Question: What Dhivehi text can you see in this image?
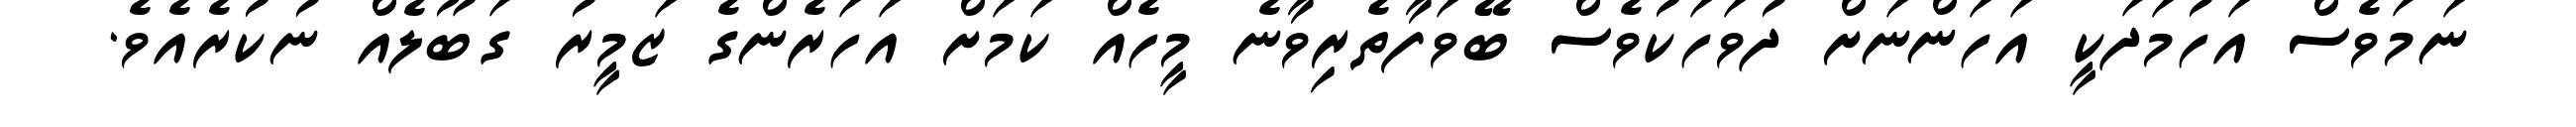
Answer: ނަމަވެސް އަހުމަދަކީ އަހަންނަށް ދުވަހަކުވެސް ބޭވަފާތެރިވާނެ މީހެއް ކަމަށް އަހަރެންގެ ޒަމީރު ގަބޫލެއް ނުކުރެއެވެ.